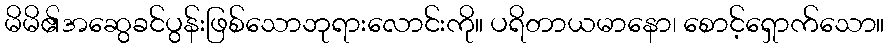
မိမိ၏အဆွေခင်ပွန်းဖြစ်သောဘုရားလောင်းကို။ ပရိတာယမာနော၊ စောင့်ရှောက်သော။